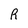
Character: R